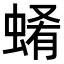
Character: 𧍂